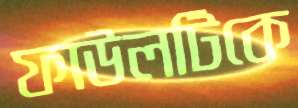
ফাউলটিকে